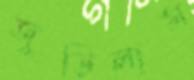
জুড়িলাম